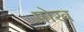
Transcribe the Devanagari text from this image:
षोख